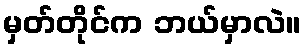
မှတ်တိုင်က ဘယ်မှာလဲ။